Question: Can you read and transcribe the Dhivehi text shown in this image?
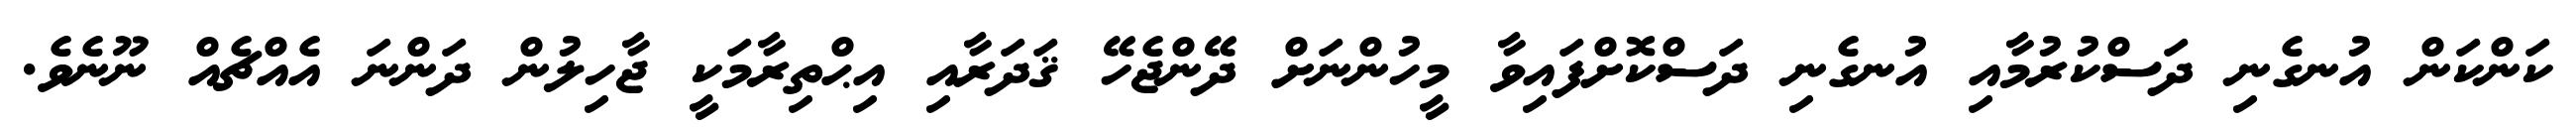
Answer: ކަންކަން އުނގެނި ދަސްކުރުމާއި އުނގެނި ދަސްކޮށްފައިވާ މީހުންނަށް ދޭންޖެހޭ ޤަދަރާއި އިޙްތިރާމަކީ ޖާހިލުން ދަންނަ އެއްޗެއް ނޫނެވެ.